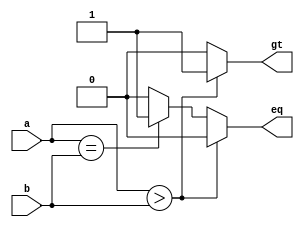
// Listing A.5
module compare_no_defult
   (
    input wire a, b,
    output reg gt, eq
   );

   // - use @* to include all inputs in sensitivity list
   // - else branch cannot be omitted
   // - all outputs must be assigned in all branches
   always @*
      if (a > b)
         begin
            gt = 1'b1;
            eq = 1'b0;
         end
      else if (a == b)
         begin
            gt = 1'b0;
            eq = 1'b1;
         end
      else   // else branch cannot be omitted
         begin
            gt = 1'b0;
            eq = 1'b0;
         end

endmodule